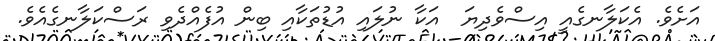
އަށެވެ. އެކަލާނގެއީ އިސްވެދިޔަ  އަކާ ނުލައި އުޑުތަކާއި ބިން އުފެއްދެވި ރަސްކަލާނގެއެވެ.